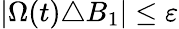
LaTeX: \begin{array}{r}{|\Omega(t)\triangle B_{1}|\le\varepsilon}\end{array}